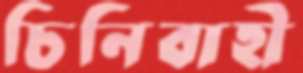
চিনিবাহী